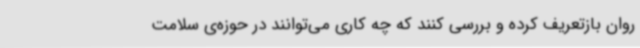
روان بازتعریف کرده و بررسی کنند که چه کاری می‌توانند در حوزه‌ی سلامت